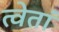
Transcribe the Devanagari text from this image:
त्वेतां